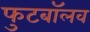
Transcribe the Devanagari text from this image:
फुटबॉलव